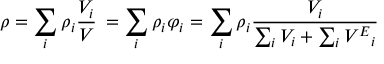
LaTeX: \rho = \sum _ { i } \rho _ { i } { \frac { V _ { i } } { V } } \, = \sum _ { i } \rho _ { i } \varphi _ { i } = \sum _ { i } \rho _ { i } { \frac { V _ { i } } { \sum _ { i } V _ { i } + \sum _ { i } { V ^ { E } } _ { i } } }